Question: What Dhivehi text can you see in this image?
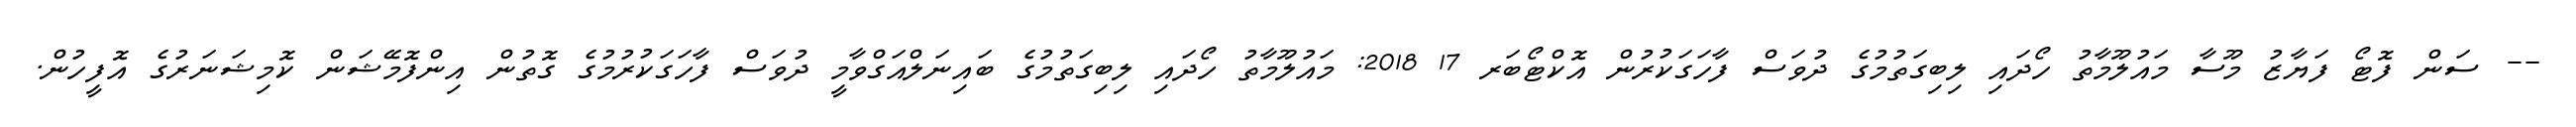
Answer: -- ސަން ފޮޓޯ ފަޔާޒު މޫސާ މައުލޫމާތު ހޯދައި ލިބިގަތުމުގެ ދުވަސް ފާހަގަކުރުން އޮކްޓޯބަރ 17 2018: މައުލޫމާތު ހޯދައި ލިބިގަތުމުގެ ބައިނަލްއަގްވާމީ ދުވަސް ފާހަގަކުރުމުގެ ގޮތުން އިންފޮމޭޝަން ކޮމިޝަނަރުގެ އޮފީހުން.